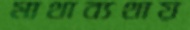
মাথাব্যথায়